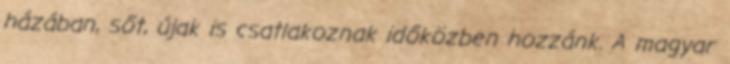
házában, sőt, újak is csatlakoznak időközben hozzánk. A magyar